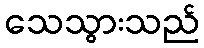
သေသွားသည်